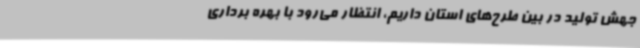
جهش تولید در بین طرح‌های استان داریم، انتظار می‌رود با بهره برداری